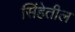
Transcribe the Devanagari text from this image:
सिंहेतील